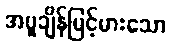
အပူချိန်မြင့်မားသော